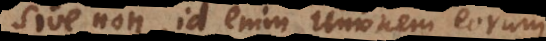
sive non, id enim Unionem eorum